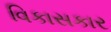
વિકાસકાર